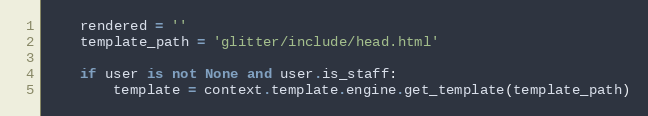
Language: Python
    rendered = ''
    template_path = 'glitter/include/head.html'

    if user is not None and user.is_staff:
        template = context.template.engine.get_template(template_path)